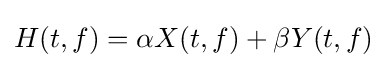
H(t,f)=\alpha X(t,f)+\beta Y(t,f)